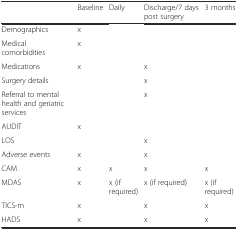
<table><thead><tr><td></td><td><b>Baseline</b></td><td><b>Daily</b></td><td><b>Discharge/7 days post surgery</b></td><td><b>3 months</b></td></tr></thead><tbody><tr><td>Demographics</td><td>x</td><td></td><td></td><td></td></tr><tr><td>Medical comorbidities</td><td>x</td><td></td><td></td><td></td></tr><tr><td>Medications</td><td>x</td><td></td><td>x</td><td></td></tr><tr><td>Surgery details</td><td></td><td></td><td>x</td><td></td></tr><tr><td>Referral to mental health and geriatric services</td><td></td><td></td><td>x</td><td></td></tr><tr><td>AUDIT</td><td>x</td><td></td><td></td><td></td></tr><tr><td>LOS</td><td></td><td></td><td>x</td><td></td></tr><tr><td>Adverse events</td><td>x</td><td></td><td>x</td><td></td></tr><tr><td>CAM</td><td>x</td><td>x</td><td>x</td><td>x</td></tr><tr><td>MDAS</td><td>x</td><td>x (if required)</td><td>x (if required)</td><td>x (if required)</td></tr><tr><td>TICS-m</td><td>x</td><td></td><td>x</td><td>x</td></tr><tr><td>HADS</td><td>x</td><td></td><td>x</td><td>x</td></tr></tbody></table>